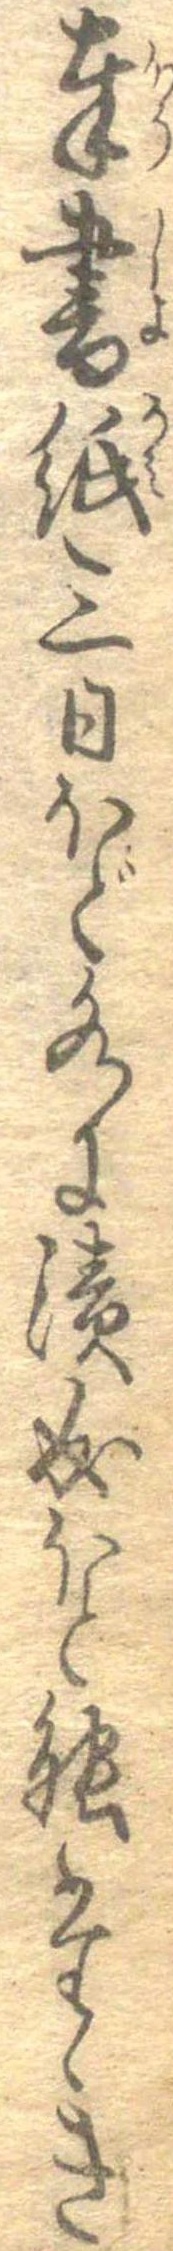
奉書紙三日ほど水に漬成ほと能たゝき